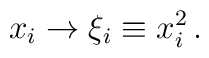
x_{i}\rightarrow \xi_{i}\equiv x_{i}^{2} \,.